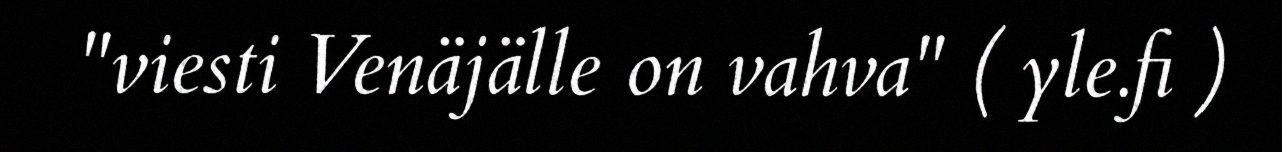
"viesti Venäjälle on vahva" ( yle.fi )